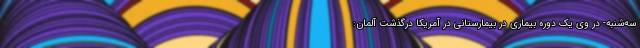
سه‌شنبه- در وی یک دوره بیماری در بیمارستانی در آمریکا درگذشت آلمان: